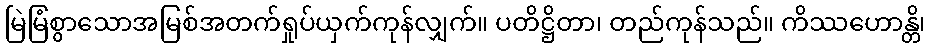
မြဲမြံစွာသောအမြစ်အတက်ရှုပ်ယှက်ကုန်လျှက်။ ပတိဋ္ဌိတာ၊ တည်ကုန်သည်။ ကိဿဟောန္တိ၊